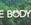
body